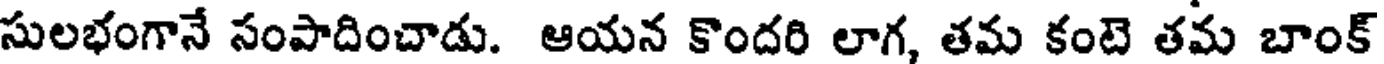
సులభంగానే సంపాదించాడు. ఆయన కొందరి లాగ, తమ కంటె తమ బాంక్